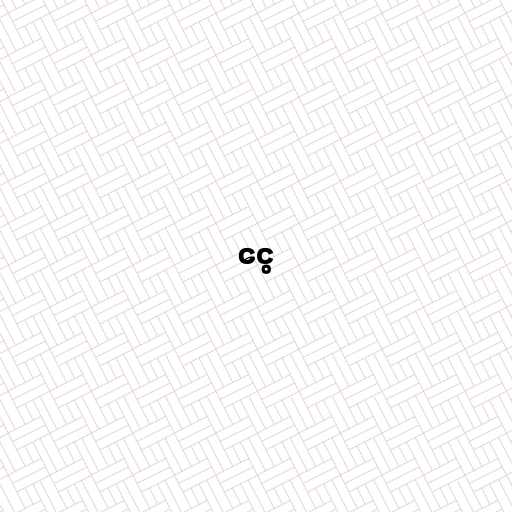
ငွေ